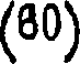
(80)